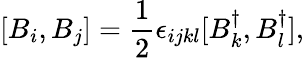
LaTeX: [B_{i},B_{j}]=\frac{1}{2}\epsilon_{ijkl}[B_{k}^{\dagger},B_{l}^{\dagger}],